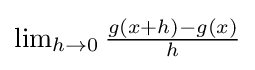
{\textstyle \lim _{h\rightarrow 0}{\frac {g(x+h)-g(x)}{h}}}